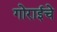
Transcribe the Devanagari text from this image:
गोराईचे